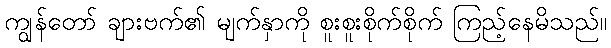
ကျွန်တော် ချားဗက်၏ မျက်နှာကို စူးစူးစိုက်စိုက် ကြည့်နေမိသည်။